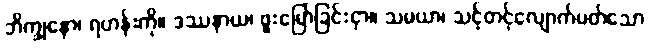
ဘိက္ခုနော၊ ရဟန်းကို။ ဒဿနာယ၊ ဖူးမြော်ခြင်းငှာ။ သမယာ၊ သင့်တင့်လျောက်ပတ်သော